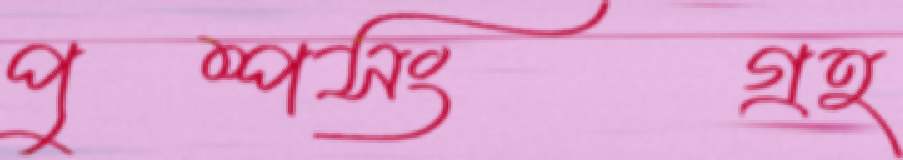
পুষ্পসংগ্রহ